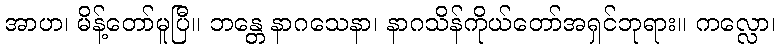
အာဟ၊ မိန့်တော်မူပြီ။ ဘန္တေ နာဂသေနာ၊ နာဂသိန်ကိုယ်တော်အရှင်ဘုရား။ ကလ္လော၊